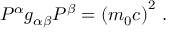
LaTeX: P ^ { \alpha } g _ { \alpha \beta } P ^ { \beta } = \left( m _ { 0 } c \right) ^ { 2 } \, .